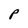
Character: P